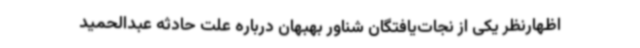
اظهارنظر یکی از نجات‌یافتگان شناور بهبهان درباره علت حادثه عبدالحمید